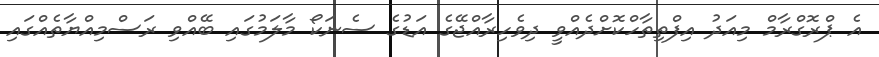
އެ ޕްރޮގްރާމް މިއަދު އިފްތިތާހްކޮށްދެއްވީ ދިވެހިރާއްޖޭގެ އަޑުގެ ސެނަކޯ މާލަމުގައި ބޭއްވި ރަސްމިއްޔާތެއްގައި